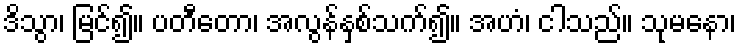
ဒိသွာ၊ မြင်၍။ ပတီတော၊ အလွန်နှစ်သက်၍။ အဟံ၊ ငါသည်။ သုမနော၊